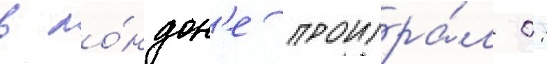
в ло́ндон'е проигра́л 0: